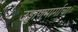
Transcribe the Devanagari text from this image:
उड्डाणमार्गाचा